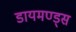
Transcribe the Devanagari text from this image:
डायमण्ड्स